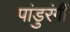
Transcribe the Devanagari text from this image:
पांडुरंगीं